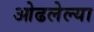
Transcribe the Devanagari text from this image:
ओढलेल्या